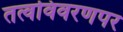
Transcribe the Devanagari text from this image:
तत्वविवरणपर